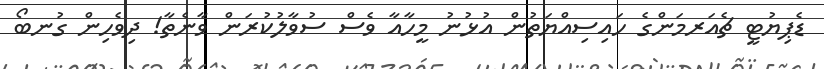
ޑެޕިޔުޓީ ޗެއަރމަންގެ ހައިސިއްޔަތުން އުޅުނު މީހާއާ ވެސް ސުވާލުކުރަން ވާނެތާ! ދިވެހިން ގުނބޯ